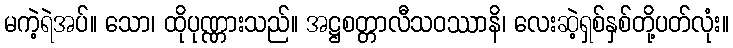
မကဲ့ရဲအပ်။ သော၊ ထိုပုဏ္ဏားသည်။ အဋ္ဌစတ္တာလီသဝဿာနိ၊ လေးဆဲ့ရှစ်နှစ်တို့ပတ်လုံး။